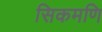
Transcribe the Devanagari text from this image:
सिकमणि